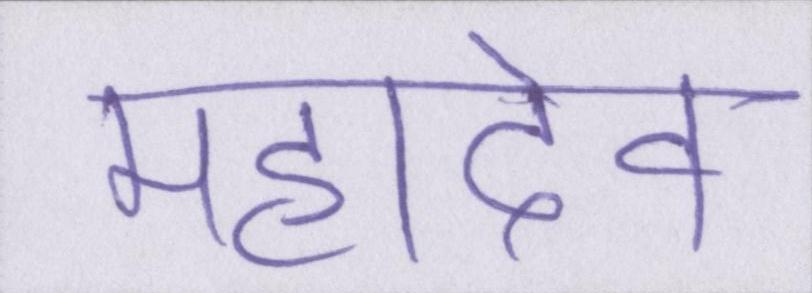
महादेव